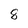
Character: 8